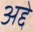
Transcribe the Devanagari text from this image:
अद्दे